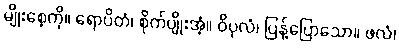
မျိုးစေ့ကို။ ရောပိတံ၊ စိုက်ပျိုးအံ့။ ဝိပုလံ၊ ပြန့်ပြောသော။ ဖလံ၊